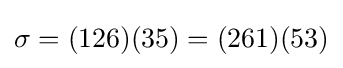
\sigma =(126)(35)=(261)(53)